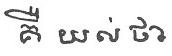
គឺ យល់ ថា